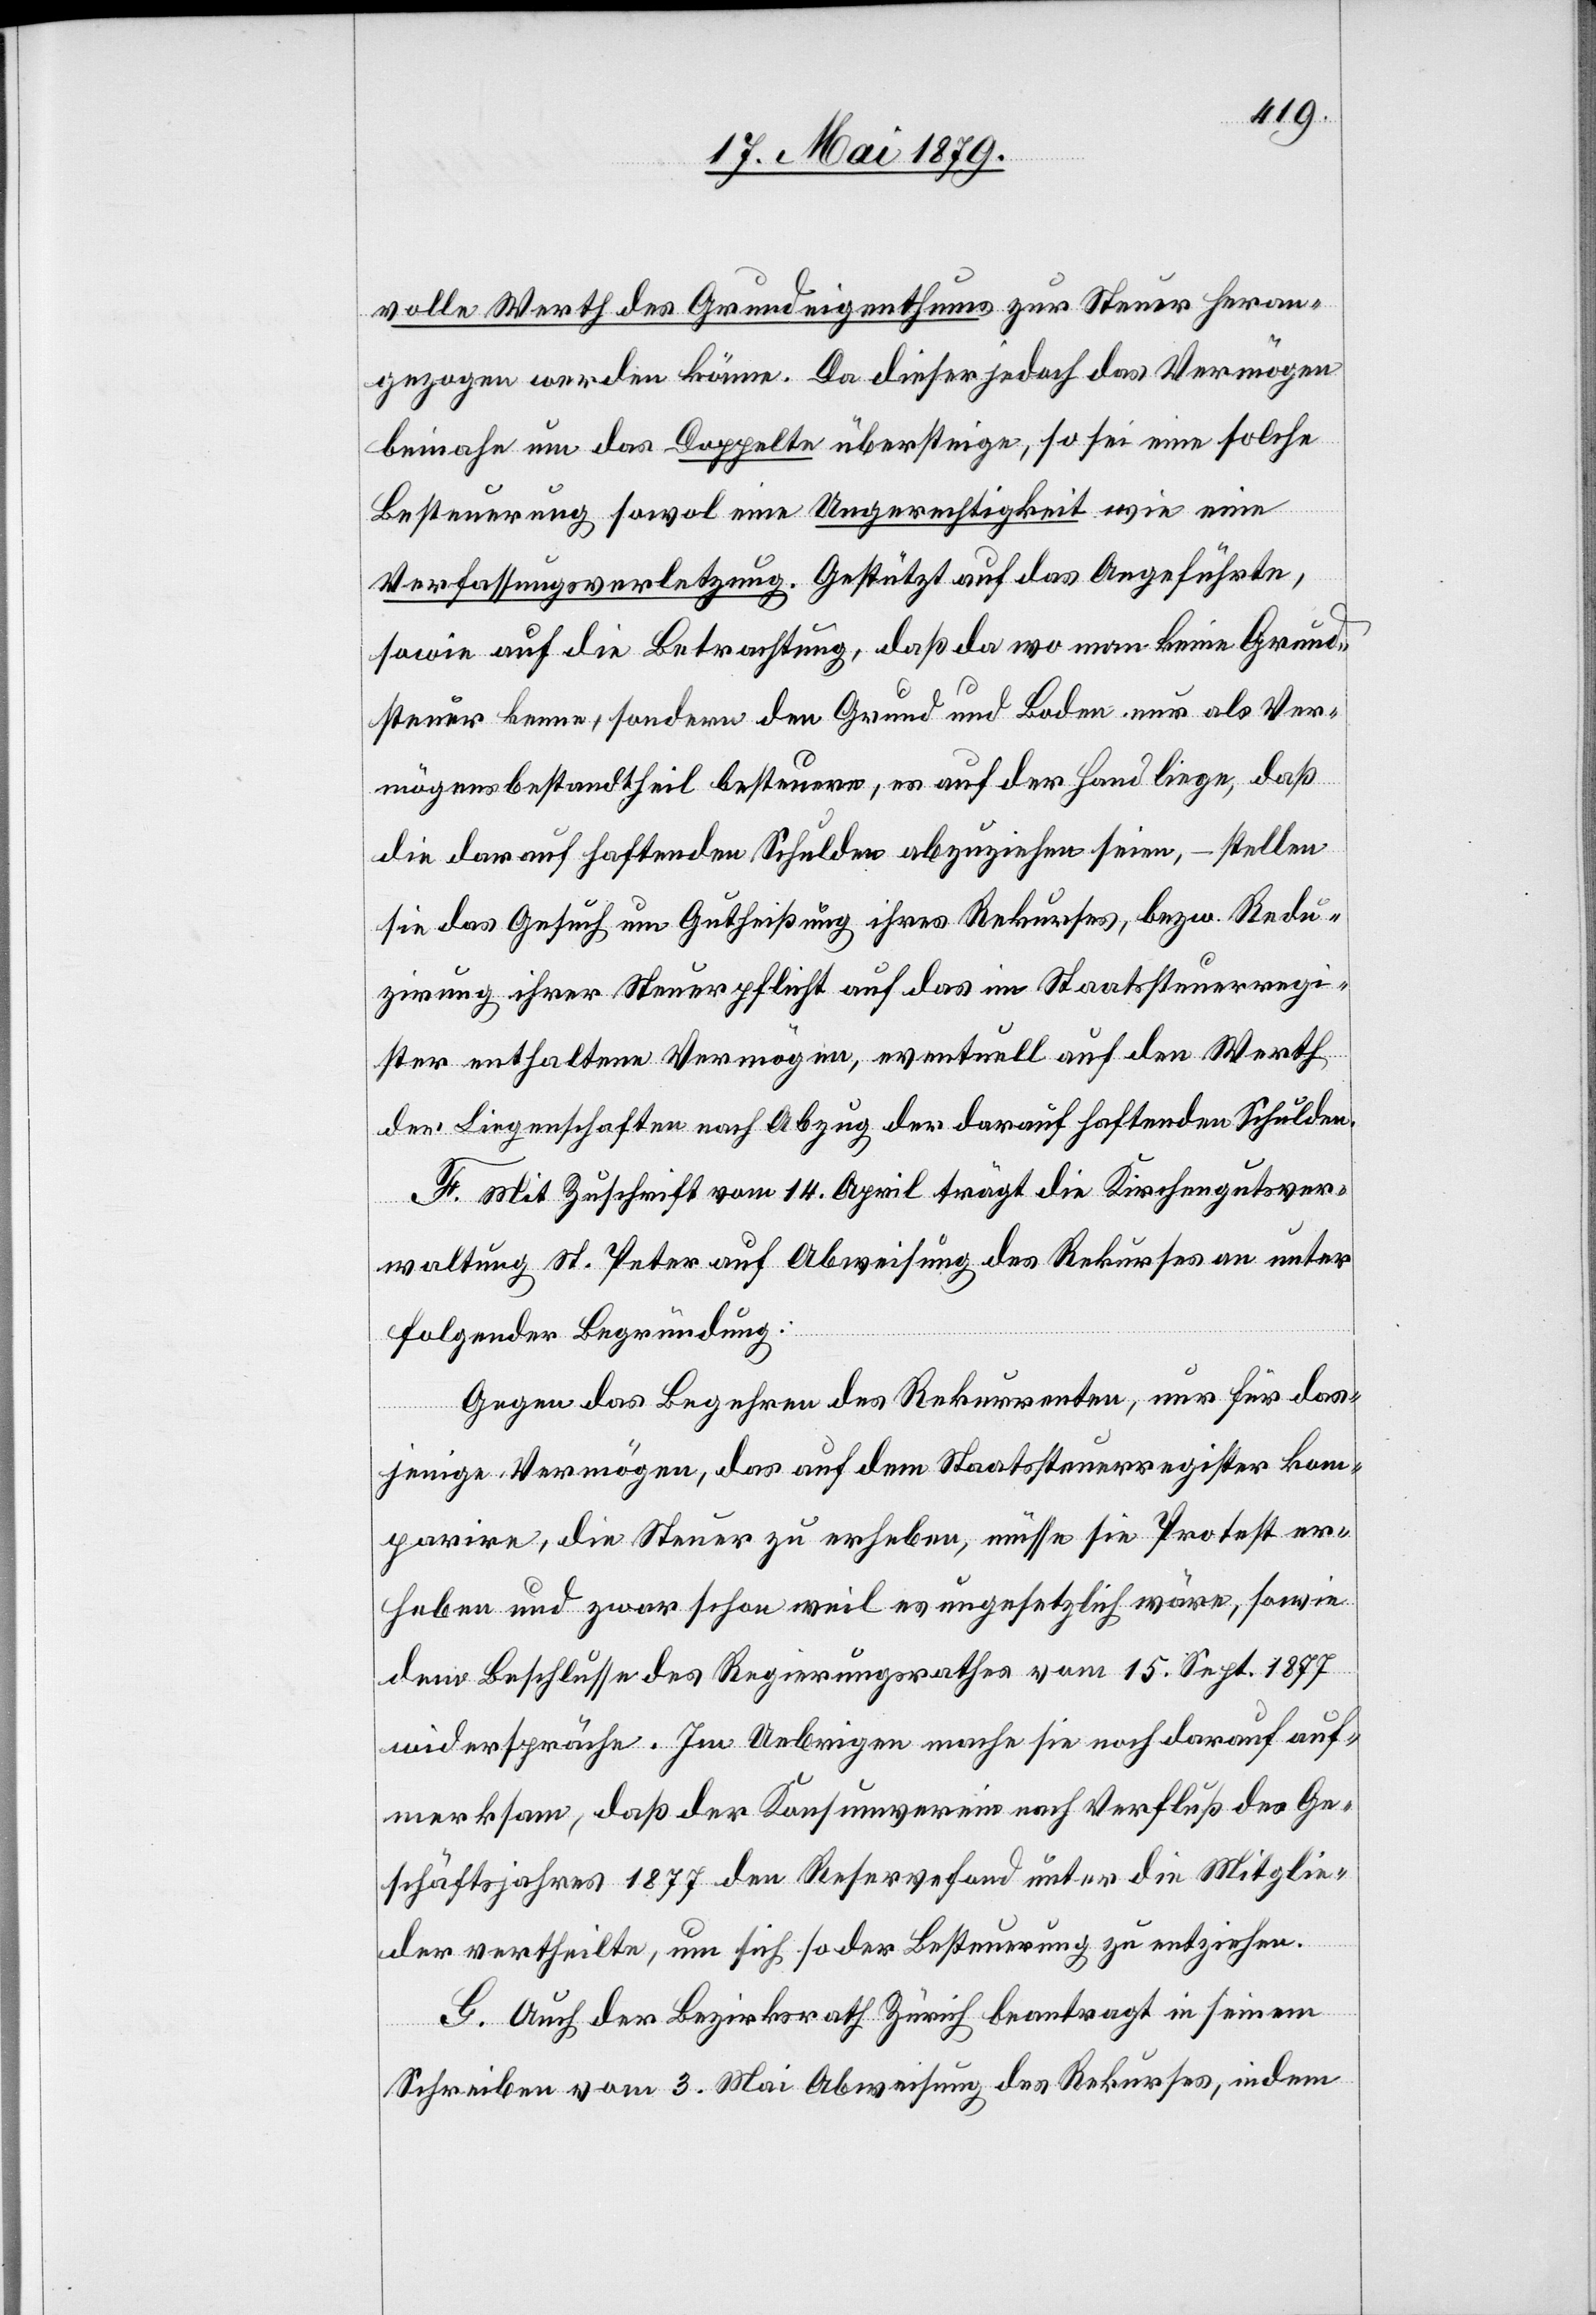
volle Werth des Grundeigenthums zur Steuer heran¬
gezogen werden könne. Da dieser jedoch das Vermögen
beinahe um das Doppelte übersteige, so sei eine solche
Besteuerung sowol eine Ungerechtigkeit wie eine
Verfassungsverletzung. Gestützt auf das Angeführte,
sowie auf die Betrachtung, daß da wo man keine Grund¬
steuer kenne, sondern den Grund und Boden nur als Ver¬
mögensbestandtheil besteuere, es auf der Hand liege, daß
die darauf haftenden Schulden abzuziehen seien, – stellen
sie das Gesuch um Gutheißung ihres Rekurses, bezw. Redu¬
zirung ihrer Steuerpflicht auf das im Staatssteuerregi¬
ster enthaltene Vermögen, eventuell auf den Werth
der Liegenschaftends nach Abzug der darauf haftenden Schulden.
F. Mit Zuschrift vom 14. April trägt die Kirchengutsver¬
waltung St. Peter auf Abweisung des Rekurses an unter
folgender Begründung:
Gegen das Begehren des Rekurrenten, nur für das¬
jenige Vermögen, das auf dem Staatssteuerregister kom¬
parire, die Steuer zu erheben, müsse sie Protest er¬
heben und zwar schon weil es ungesetzlich wäre, sowie
dem Beschlusse des Regierungsrathes vom 15. Sept. 1877
widerspräche. Im Uebrigen mache sie noch darauf auf¬
merksam, daß der Konsumverein nach Verfluß des Ge¬
schäftsjahres 1877 den Reservefond unter die Mitglie¬
der vertheilte, um sich so der Besteuerung zu entziehen.
G. Auch der Bezirksrath Zürich beantragt in seinem
Schreiben vom 3. Mai Abweisung des Rekurses, indem